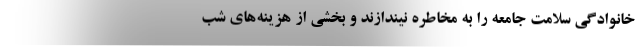
خانوادگی سلامت جامعه را به مخاطره نیندازند و بخشی از هزینه‌های شب